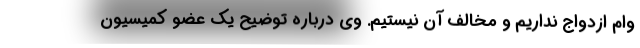
وام ازدواج نداریم و مخالف آن نیستیم. وی درباره توضیح یک عضو کمیسیون